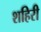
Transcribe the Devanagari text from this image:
शहिरी